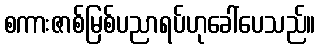
စကားဇာစ်မြစ်ပညာရပ်ဟုခေါ်ပေသည်။